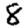
Digit: 8